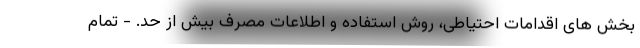
بخش های اقدامات احتیاطی، روش استفاده و اطلاعات مصرف بیش از حد. - تمام